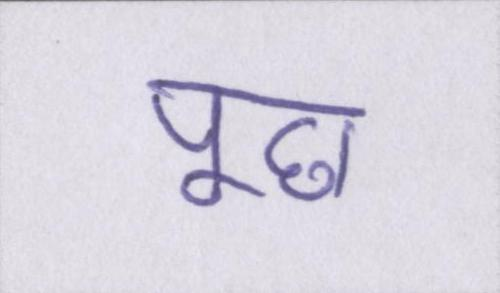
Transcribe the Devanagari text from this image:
पूछ